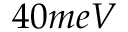
4 0 m e V